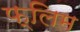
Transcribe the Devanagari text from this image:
फ्लिम